Vaccine operations Central Provinces 1868-1885 - 1868-1885
Year: 1868
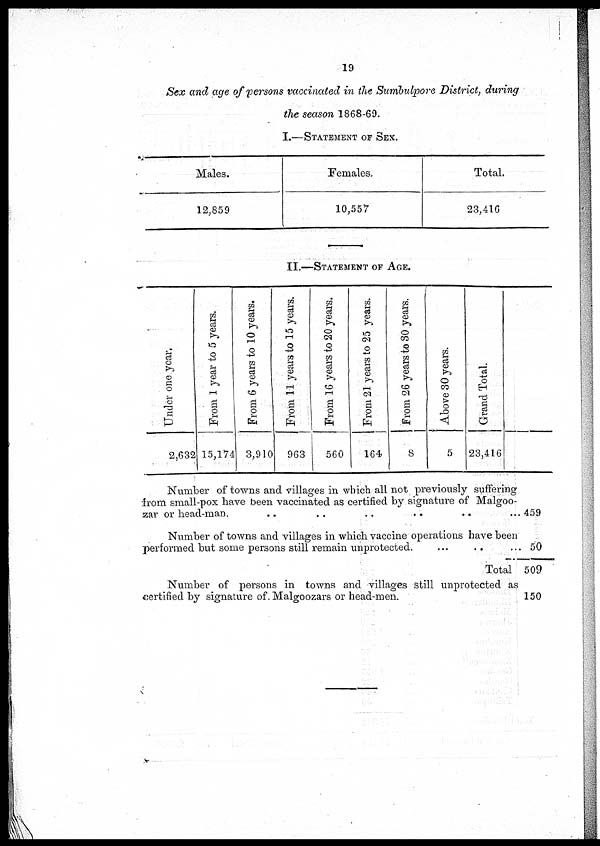
19
Sex and age of persons vaccinated in the Sumbulpore District, during
the season 1868-69.
I.—STATEMENT OF SEX.
Males.
12,859
Females.
10,557
Total.
23,416
II.—STATEMENT OF AGE.
Under one year.
2,632
From 1 year to 5 years.
15,174
From 6 years to 10 years.
3,910
From 11 years to 15 years.
963
From 16 years to 20 years.
560
From 21 years to 25 years.
164
From 26 years to 30 years.
8
Above 30 years.
5
Grand Total.
23,416
Number of towns and villages in which all not previously suffering
from small-pox have been vaccinated as certified by signature of Malgoo-
zar or head-man.. .. ... .. .. .. ..
Number of towns and villages in which vaccine operations have been
performed but some persons still remain unprotected. .. .. .. ..
Total
Number of persons in towns and villages still unprotected as
certified by signature of Malgoozars or head-men. .. .. .. .. ..
459
50
509
150